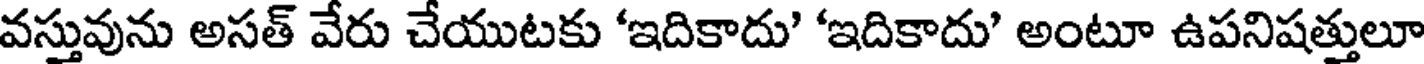
వస్తువును అసత్ వేరు చేయుటకు 'ఇదికాదు' 'ఇదికాదు' అంటూ ఉపనిషత్తులూ